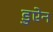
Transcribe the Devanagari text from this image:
डुऐन